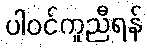
ပါဝင်ကူညီရန်